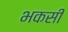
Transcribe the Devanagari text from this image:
भकसी